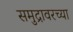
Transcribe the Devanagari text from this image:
समुद्रावरच्या